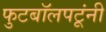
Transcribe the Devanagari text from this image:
फुटबॉलपटूंनी